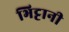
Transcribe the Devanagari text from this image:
भिट्टानी